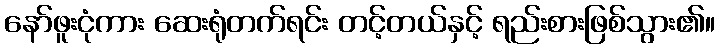
နော်ဖူးငုံကား ဆေးရုံတက်ရင်း တင့်တယ်နှင့် ရည်းစားဖြစ်သွား၏။